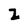
Character: 2